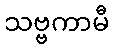
သဗ္ဗကာမီ